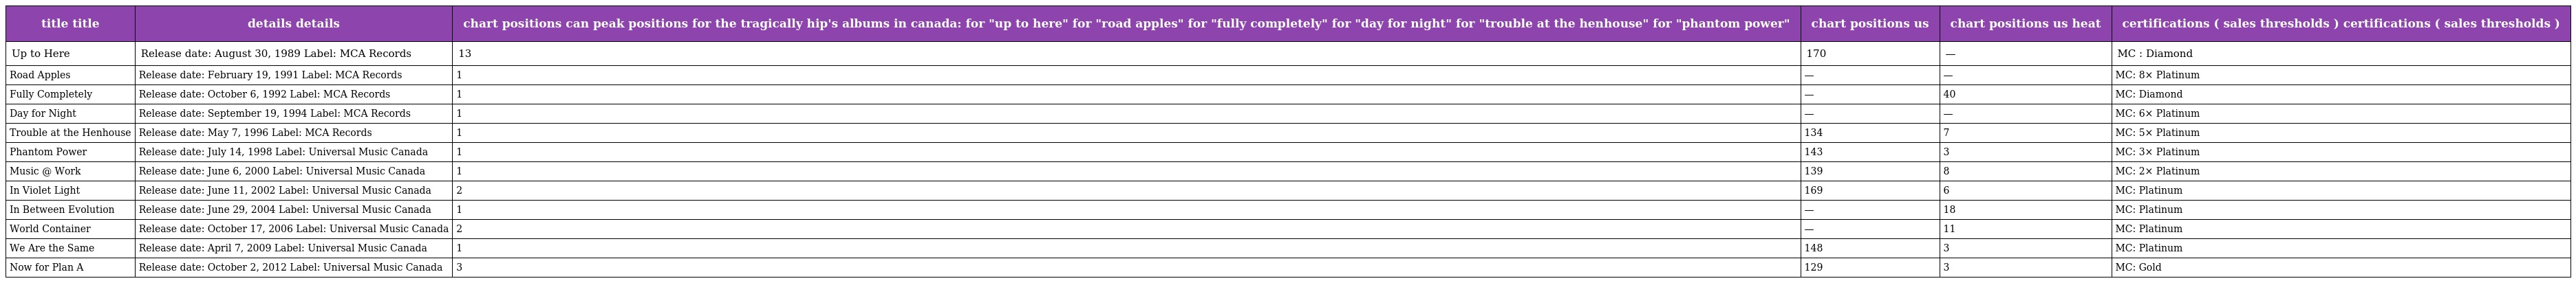
| title title | details details | chart positions can peak positions for the tragically hip's albums in canada: for "up to here" for "road apples" for "fully completely" for "day for night" for "trouble at the henhouse" for "phantom power" | chart positions us | chart positions us heat | certifications ( sales thresholds ) certifications ( sales thresholds ) |
 | --- | --- | --- | --- | --- | --- |
 | Up to Here | Release date: August 30, 1989 Label: MCA Records | 13 | 170 | — | MC : Diamond |
 | Road Apples | Release date: February 19, 1991 Label: MCA Records | 1 | — | — | MC: 8× Platinum |
 | Fully Completely | Release date: October 6, 1992 Label: MCA Records | 1 | — | 40 | MC: Diamond |
 | Day for Night | Release date: September 19, 1994 Label: MCA Records | 1 | — | — | MC: 6× Platinum |
 | Trouble at the Henhouse | Release date: May 7, 1996 Label: MCA Records | 1 | 134 | 7 | MC: 5× Platinum |
 | Phantom Power | Release date: July 14, 1998 Label: Universal Music Canada | 1 | 143 | 3 | MC: 3× Platinum |
 | Music @ Work | Release date: June 6, 2000 Label: Universal Music Canada | 1 | 139 | 8 | MC: 2× Platinum |
 | In Violet Light | Release date: June 11, 2002 Label: Universal Music Canada | 2 | 169 | 6 | MC: Platinum |
 | In Between Evolution | Release date: June 29, 2004 Label: Universal Music Canada | 1 | — | 18 | MC: Platinum |
 | World Container | Release date: October 17, 2006 Label: Universal Music Canada | 2 | — | 11 | MC: Platinum |
 | We Are the Same | Release date: April 7, 2009 Label: Universal Music Canada | 1 | 148 | 3 | MC: Platinum |
 | Now for Plan A | Release date: October 2, 2012 Label: Universal Music Canada | 3 | 129 | 3 | MC: Gold |